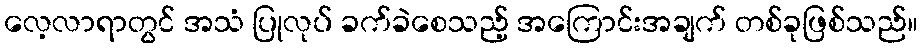
လေ့လာရာတွင် အသံ ပြုလုပ် ခက်ခဲစေသည့် အကြောင်းအချက် တစ်ခုဖြစ်သည်။